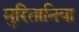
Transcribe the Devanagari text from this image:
मुरितानिया